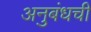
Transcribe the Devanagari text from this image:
अनुबंधची